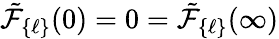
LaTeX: {\tilde{\cal F}}_{\{ \ell\} }(0)=0={\tilde{\cal F}}_{\{ \ell\} }(\infty)